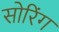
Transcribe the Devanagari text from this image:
सोरिंग